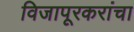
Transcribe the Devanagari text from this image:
विजापूरकरांचा